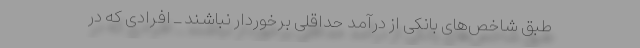
طبق شاخص‌های بانکی از درآمد حداقلی برخوردار نباشند ـ افرادی که در